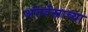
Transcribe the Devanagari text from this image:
अंतर्वस्त्राच्या